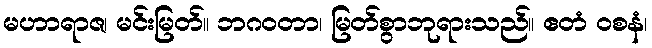
မဟာရာဇ၊ မင်းမြတ်။ ဘဂဝတာ၊ မြတ်စွာဘုရားသည်။ ဧတံ ဝစနံ၊